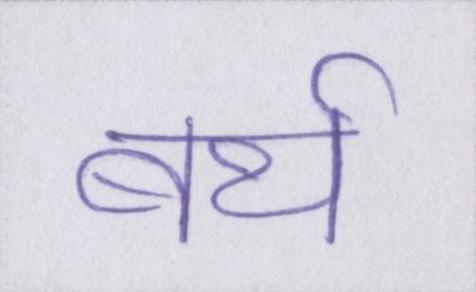
बर्थ